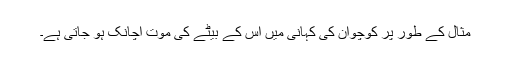
مثال کے طور پر کوچوان کی کہانی میں اس کے بیٹے کی موت اچانک ہو جاتی ہے۔